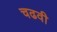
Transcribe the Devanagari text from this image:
चढवी